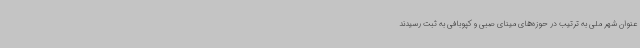
عنوان شهر ملی به ترتیب در حوزه‌های مینای صبی و کپوبافی به ثبت رسیدند